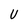
Character: U